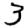
Digit: 3